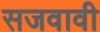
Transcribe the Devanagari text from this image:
सजवावी